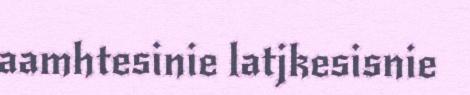
aamhtesinie latjkesisnie